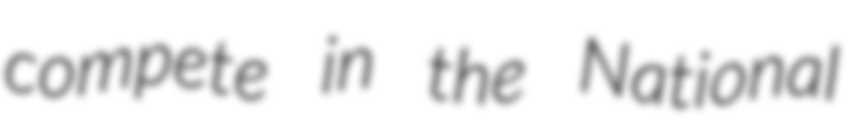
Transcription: compete in the National